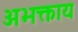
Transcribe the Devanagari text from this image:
अभक्ताय